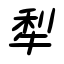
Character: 犁